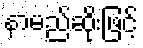
နာမည်ဆိုးဖြင့်